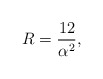
\begin{align*}R=\frac{12}{\alpha^{2}}, \end{align*}